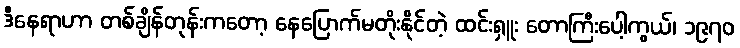
ဒီနေရာဟာ တစ်ချိန်တုန်းကတော့ နေပြောက်မတိုးနိုင်တဲ့ ထင်းရှူး တောကြီးပေါ့ကွယ်၊ ၁၉၇၀